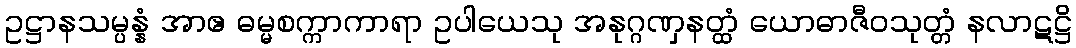
ဥဋ္ဌာနသမ္ပန္နံ အာဧ ဓမ္မစက္ကာကာရာ ဥပါယေသု အနုဂ္ဂဏှနတ္ထံ ယောဓာဇီဝသုတ္တံ နလာဋဋ္ဌိ